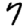
Digit: 7